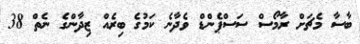
ބާސާ މެޗަށް ރާމޯސް ސަސްޕެންޑް ވެދާނެ ކަމުގެ ބިރެއް ޒިދާންގެ ނެތް 38